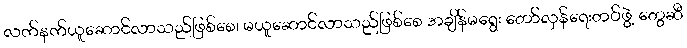
လက်နက်ယူဆောင်လာသည်ဖြစ်စေ၊ မယူဆောင်လာသည်ဖြစ်စေ အချိန်မရွေး တော်လှန်ရေးတပ်ဖွဲ့ တွေဆီ